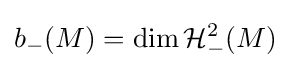
b_{-}(M)=\dim {\mathcal {H}}_{-}^{2}(M)